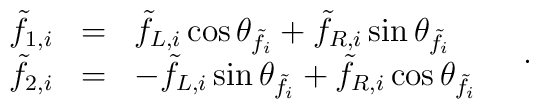
\begin{array}{rcl}   \tilde{f}_{1,i} & = & \tilde{f}_{L,i} \cos\theta_{\tilde{f}_i} +   \tilde{f}_{R,i} \sin\theta_{\tilde{f}_i} \\   \tilde{f}_{2,i} & = & - \tilde{f}_{L,i} \sin\theta_{\tilde{f}_i} +   \tilde{f}_{R,i} \cos\theta_{\tilde{f}_i}  \end{array} \quad .